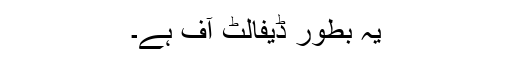
یہ بطور ڈیفالٹ آف ہے۔